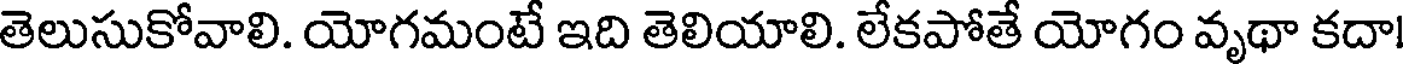
తెలుసుకోవాలి. యోగమంటే ఇది తెలియాలి. లేకపోతే యోగం వృథా కదా